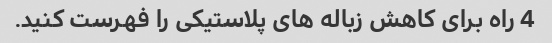
4 راه برای کاهش زباله های پلاستیکی را فهرست کنید.